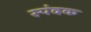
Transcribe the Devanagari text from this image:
स्पंदक